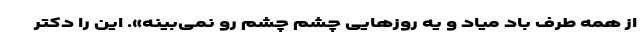
از همه طرف باد میاد و یه روزهایی چشم چشم رو نمی‌بینه». این را دکتر